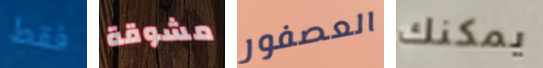
فقط مشوقة العصفور يمكنك